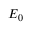
{ \cal { E } } _ { 0 }